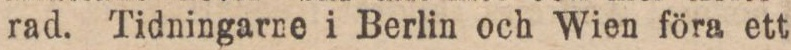
rad. Tidningarne i Berlin och Wien föra ett